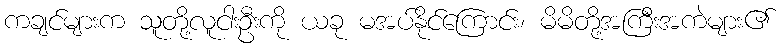
ကချင်များက သူတို့လူငါးဦးကို ယခု မအပ်နိုင်ကြောင်း၊ မိမိတို့အကြီးအကဲများ၏